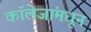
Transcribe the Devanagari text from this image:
कॉलेजांमधून